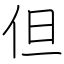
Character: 但